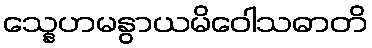
သ္နေဟမနွာယမိဝေါသဓာတိ